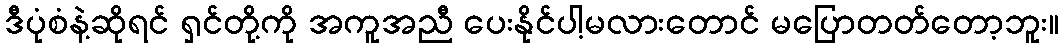
ဒီပုံစံနဲ့ဆိုရင် ရှင်တို့ကို အကူအညီ ပေးနိုင်ပါ့မလားတောင် မပြောတတ်တော့ဘူး။